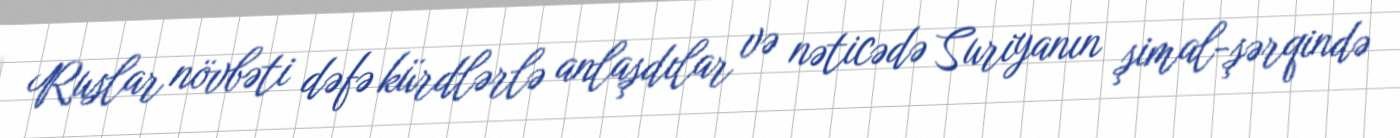
Ruslar növbəti dəfə kürdlərlə anlaşdılar və nəticədə Suriyanın şimal-şərqində